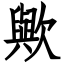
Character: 歟